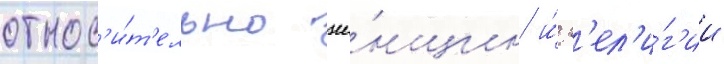
относ'и́т'ельно же́нщин и́ р'ел'и́г'ии